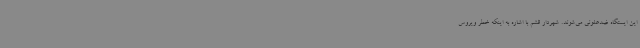
این ایستگاه ضدعفونی می‌شوند. شهردار قشم با اشاره به اینکه خطر ویروس